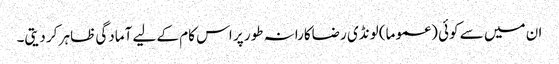
ان میں سے کوئی (عموما) لونڈی رضاکارانہ طور پر اس کام کے لیے آمادگی ظاہر کر دیتی۔